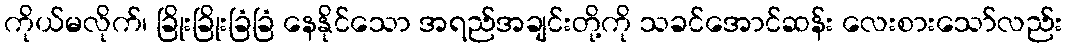
ကိုယ်မလိုက်၊ ခြိုးခြိုးခြံခြံ နေနိုင်သော အရည်အချင်းတို့ကို သခင်အောင်ဆန်း လေးစားသော်လည်း